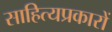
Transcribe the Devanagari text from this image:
साहित्यप्रकारों